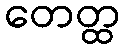
တေတ္ထ